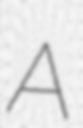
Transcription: A